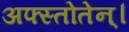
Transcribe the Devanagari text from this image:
अफ्स्तोतेन्।